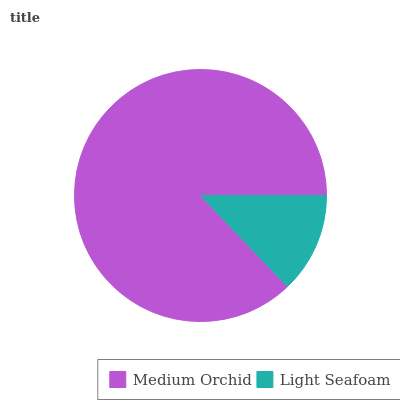
| Medium Orchid | Light Seafoam |
 | --- | --- |
 | 87.1% | 12.9% |